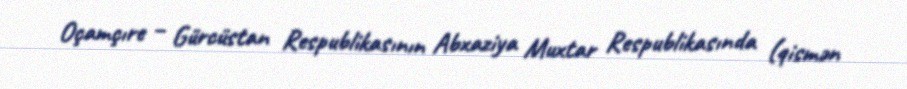
Oçamçıre – Gürcüstan Respublikasının Abxaziya Muxtar Respublikasında (qismən